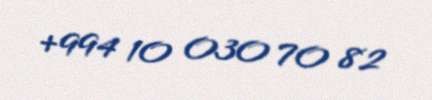
+994 10 030 70 82